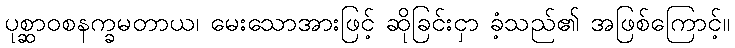
ပုစ္ဆာဝစနက္ခမတာယ၊ မေးသောအားဖြင့် ဆိုခြင်းငှာ ခံ့သည်၏ အဖြစ်ကြောင့်။